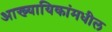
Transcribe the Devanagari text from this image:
आख्यायिकांमधील